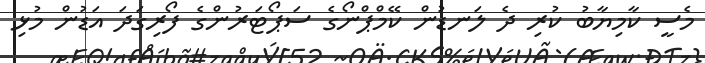
މެސީ ކާމިޔާބު ކުރި ދެ ލަނޑުން ކޭމްޕްނޯގެ ސަޕޯޓަރުންގެ ފޯރިގަދަ އަޑުން މުޅި